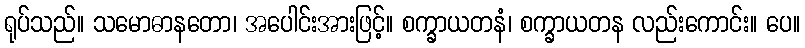
ရုပ်သည်။ သမောဓာနတော၊ အပေါင်းအားဖြင့်။ စက္ခာယတနံ၊ စက္ခာယတန လည်းကောင်း။ ပေ။